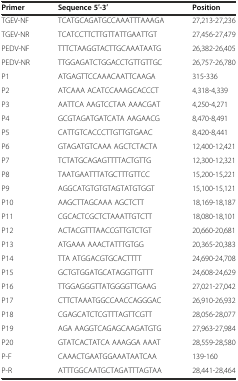
<table><thead><tr><td><b>Primer</b></td><td><b>Sequence 5′-3′</b></td><td><b>Position</b></td></tr></thead><tbody><tr><td>TGEV-NF</td><td>TCATGCAGATGCCAAATTTAAAGA</td><td>27,213-27,236</td></tr><tr><td>TGEV-NR</td><td>TCATCCTTCTTGTTATTGAATTGT</td><td>27,456-27,479</td></tr><tr><td>PEDV-NF</td><td>TTTCTAAGGTACTTGCAAATAATG</td><td>26,382-26,405</td></tr><tr><td>PEDV-NR</td><td>TTGGAGATCTGGACCTGTTGTTGC</td><td>26,757-26,780</td></tr><tr><td>P1</td><td>ATGAGTTCCAAACAATTCAAGA</td><td>315-336</td></tr><tr><td>P2</td><td>ATCAAA ACATCCAAAGCACCCT</td><td>4,318-4,339</td></tr><tr><td>P3</td><td>AATTCA AAGTCCTAA AAACGAT</td><td>4,250-4,271</td></tr><tr><td>P4</td><td>GCGTAGATGATCATA AAGAACG</td><td>8,470-8,491</td></tr><tr><td>P5</td><td>CATTGTCACCCTTGTTGTGAAC</td><td>8,420-8,441</td></tr><tr><td>P6</td><td>GTAGATGTCAAA AGCTCTACTA</td><td>12,400-12,421</td></tr><tr><td>P7</td><td>TCTATGCAGAGTTTTACTGTTG</td><td>12,300-12,321</td></tr><tr><td>P8</td><td>TAATGAATTTATGCTTTGTTCC</td><td>15,200-15,221</td></tr><tr><td>P9</td><td>AGGCATGTGTGTAGTATGTGGT</td><td>15,100-15,121</td></tr><tr><td>P10</td><td>AAGCTTAGCAAA AGCTCTT</td><td>18,169-18,187</td></tr><tr><td>P11</td><td>CGCACTCGCTCTAAATTGTCTT</td><td>18,080-18,101</td></tr><tr><td>P12</td><td>ACTACGTTTAACCGTTGTCTGT</td><td>20,660-20,681</td></tr><tr><td>P13</td><td>ATGAAA AAACTATTTGTGG</td><td>20,365-20,383</td></tr><tr><td>P14</td><td>TTA ATGGACGTGCACTTTT</td><td>24,690-24,708</td></tr><tr><td>P15</td><td>GCTGTGGATGCATAGGTTGTTT</td><td>24,608-24,629</td></tr><tr><td>P16</td><td>TTGGAGGGTTATGGGGTTGAAG</td><td>27,021-27,042</td></tr><tr><td>P17</td><td>CTTCTAAATGGCCAACCAGGGAC</td><td>26,910-26,932</td></tr><tr><td>P18</td><td>CGAGCATCTCGTTTAGTTCGTT</td><td>28,056-28,077</td></tr><tr><td>P19</td><td>AGA AAGGTCAGAGCAAGATGTG</td><td>27,963-27,984</td></tr><tr><td>P20</td><td>GTATCACTATCA AAAGGA AAAT</td><td>28,559-28,580</td></tr><tr><td>P-F</td><td>CAAACTGAATGGAAATAATCAA</td><td>139-160</td></tr><tr><td>P-R</td><td>ATTTGGCAATGCTAGATTTAGTAA</td><td>28,441-28,464</td></tr></tbody></table>